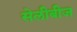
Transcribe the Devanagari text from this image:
सेलीबीज